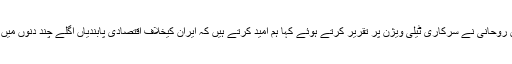
ایرانی صدر حسن روحانی نے سرکاری ٹیلی ویژن پر تقریر کرتے ہوئے کہا ہم امید کرتے ہیں کہ ایران کیخلاف اقتصادی پابندیاں اگلے چند دنوں میں اٹھالی جائیں گی۔